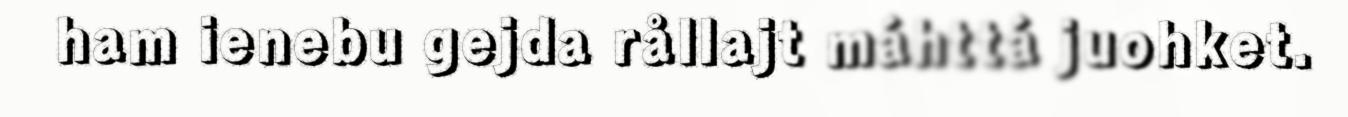
ham ienebu gejda rållajt máhttá juohket.